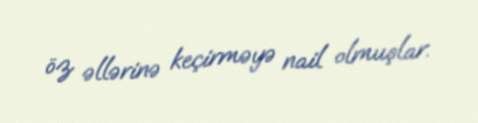
öz əllərinə keçirməyə nail olmuşlar.